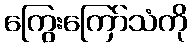
ကြွေးကြော်သံကို